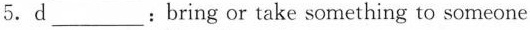
5. d___: bring or take something to someone